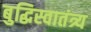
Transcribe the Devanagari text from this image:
बुद्धिस्वातंत्र्य